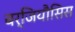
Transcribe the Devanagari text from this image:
बर्जियौसिस